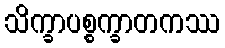
သိက္ခာပစ္စက္ခာတကဿ